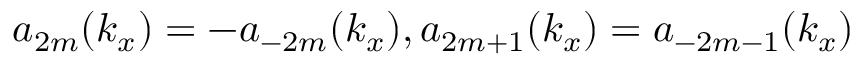
a _ { 2 m } ( k _ { x } ) = - a _ { - 2 m } ( k _ { x } ) , a _ { 2 m + 1 } ( k _ { x } ) = a _ { - 2 m - 1 } ( k _ { x } )